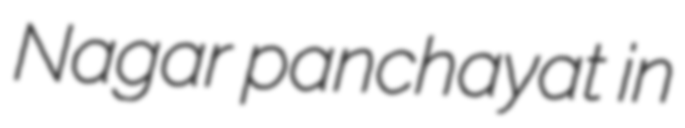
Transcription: Nagar panchayat in